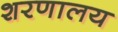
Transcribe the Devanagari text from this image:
शरणालय